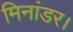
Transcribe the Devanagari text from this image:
मिनांडर।